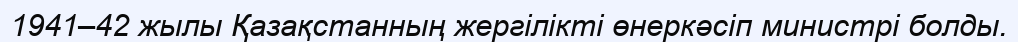
1941–42 жылы Қазақстанның жергілікті өнеркәсіп министрі болды.